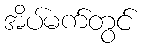
အိပ်မက်တွင်